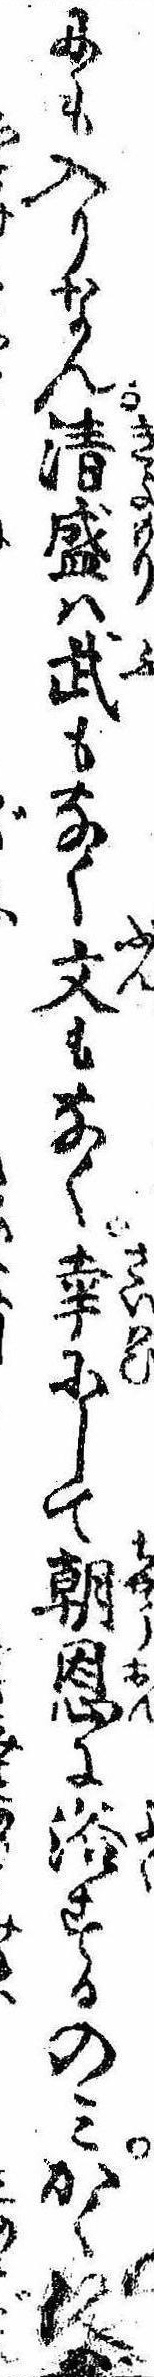
にも入りなん清盛は武もなく文もなく幸にして朝恩に浴するのみかくいへば